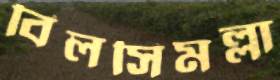
বিলসিমল্লা